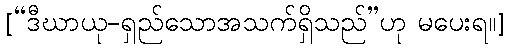
[“ဒီဃာယု-ရှည်သောအသက်ရှိသည်”ဟု မပေးရ။]